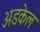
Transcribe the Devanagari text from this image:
अडकेल